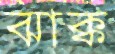
ঝাক্ক